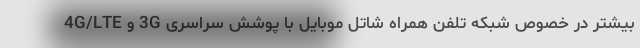
بیشتر در خصوص شبکه تلفن همراه شاتل موبایل با پوشش سراسری 3G و 4G/LTE